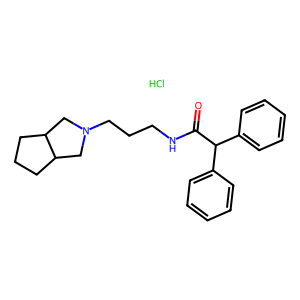
SMILES: Cl.O=C(NCCCN1CC2CCCC2C1)C(c1ccccc1)c1ccccc1
Inhibits HIV replication: No